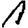
Digit: 1